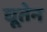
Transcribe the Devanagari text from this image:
द्यूतेन